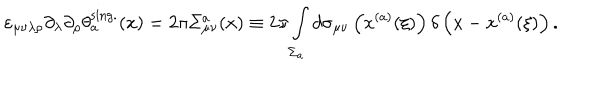
LaTeX: \varepsilon _ { \mu \nu \lambda \rho } \partial _ { \lambda } \partial _ { \rho } \theta _ { a } ^ { \mathrm { s i n g . } } ( x ) = 2 \pi \Sigma _ { \mu \nu } ^ { a } ( x ) \equiv 2 \pi \int _ { \Sigma _ { a } } ^ { } d \sigma _ { \mu \nu } \left( x ^ { ( a ) } ( \xi ) \right) \delta \left( x - x ^ { ( a ) } ( \xi ) \right) .